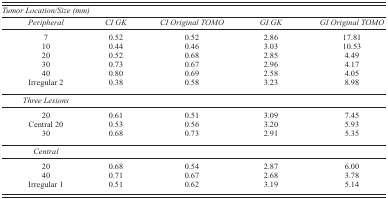
| <COLSPAN=5> Tumor Location/Size (mm) |
 | Peripheral | CI GK | CI Original TOMO | GI GK | GI Original TOMO |
 | --- | --- | --- | --- | --- |
 | 7 | 0.52 | 0.52 | 2.86 | 17.81 |
 | 10 | 0.44 | 0.46 | 3.03 | 10.53 |
 | 20 | 0.52 | 0.68 | 2.85 | 4.49 |
 | 30 | 0.73 | 0.67 | 2.96 | 4.17 |
 | 40 | 0.80 | 0.69 | 2.58 | 4.05 |
 | Irregular 2 | 0.38 | 0.58 | 3.23 | 8.98 |
 | Three Lesions | <COLSPAN=4>  |
 | 20 | 0.61 | 0.51 | 3.09 | 7.45 |
 | Central 20 | 0.53 | 0.56 | 3.20 | 5.93 |
 | 30 | 0.68 | 0.73 | 2.91 | 5.35 |
 | Central | <COLSPAN=4>  |
 | 20 | 0.68 | 0.54 | 2.87 | 6.00 |
 | 40 | 0.71 | 0.67 | 2.68 | 3.78 |
 | Irregular 1 | 0.51 | 0.62 | 3.19 | 5.14 |